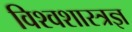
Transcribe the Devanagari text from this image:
विश्वशास्त्रज्ञ